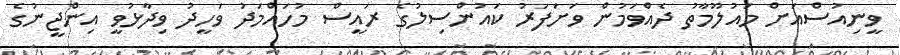
ވީނިއުސްއަށް މައުލޫމާތު ދެއްވަމުން ވަށަފަރު ކައުންސިލުގެ ރައީސް މުހައްމަދު ވަހީދު ވިދާޅުވީ އިންޖީނުގެ